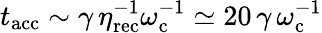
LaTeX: t_{\mathrm{acc}}\sim\gamma\, \eta_{\mathrm{rec}}^{-1}\omega_{\mathrm{c}}^{-1}\simeq 20\, \gamma\, \omega_{\mathrm{c}}^{-1}